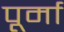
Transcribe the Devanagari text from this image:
पूर्मा